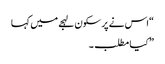
“اس نے پر سکون لہجے میں کہا
” کیا مطلب ۔